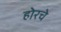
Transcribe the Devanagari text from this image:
होरचे